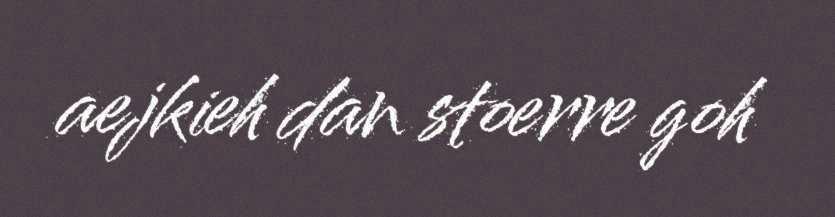
aejkieh dan stoerre goh